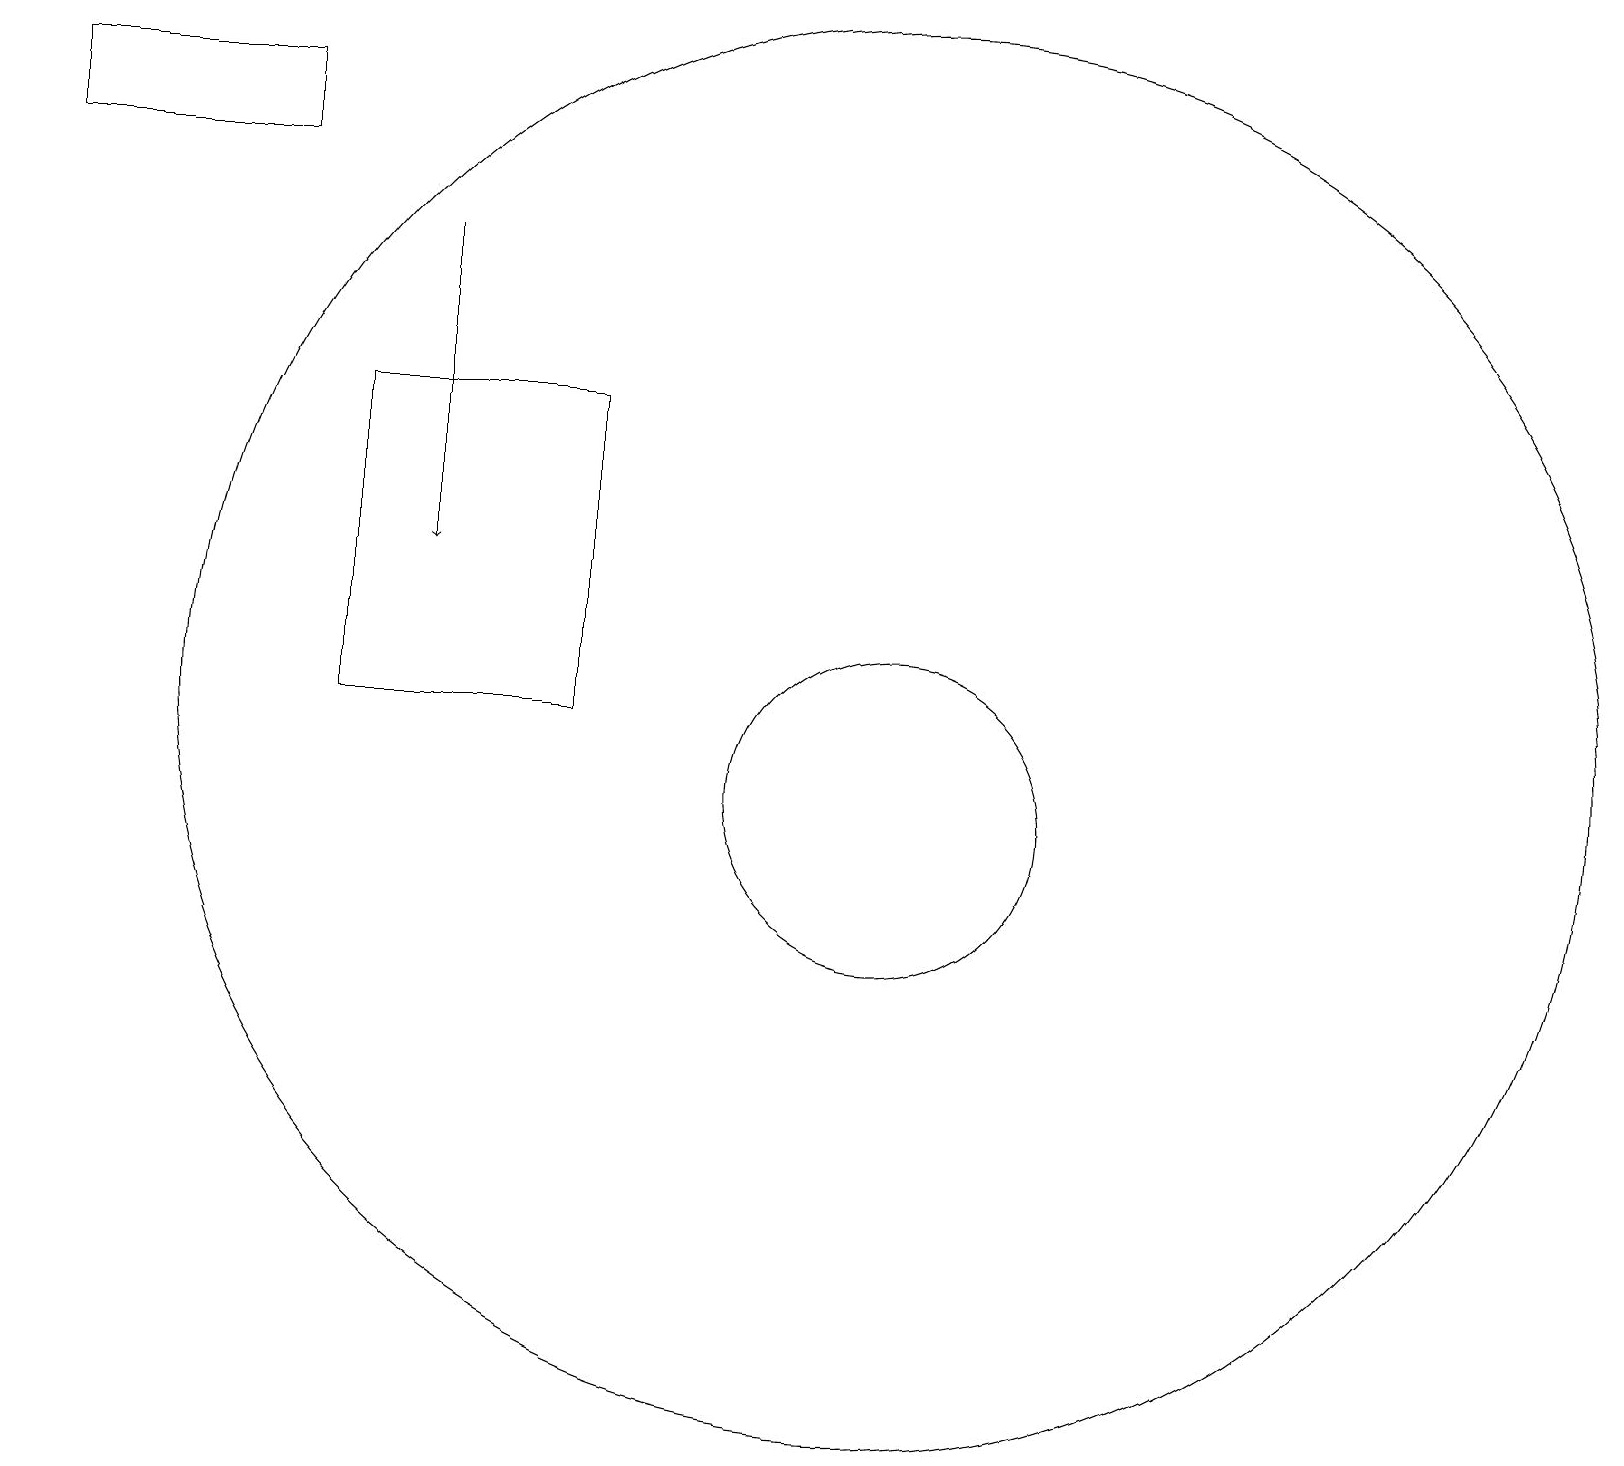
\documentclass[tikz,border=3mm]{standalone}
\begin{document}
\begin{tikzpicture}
\draw (4,11) rectangle (7,15);
\draw[->] (5,17) -- (5,13);
\draw (12,10) circle (0);
\draw (0,18) rectangle (3,19);
\draw (11,11) circle (9);
\draw (11,10) circle (2);
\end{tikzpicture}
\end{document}